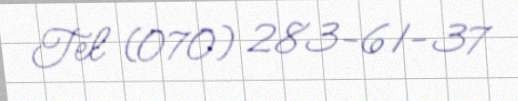
Tel (070) 283-61-37